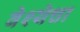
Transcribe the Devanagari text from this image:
वेश्येचा